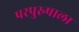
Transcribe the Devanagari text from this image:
परपुरुषाला